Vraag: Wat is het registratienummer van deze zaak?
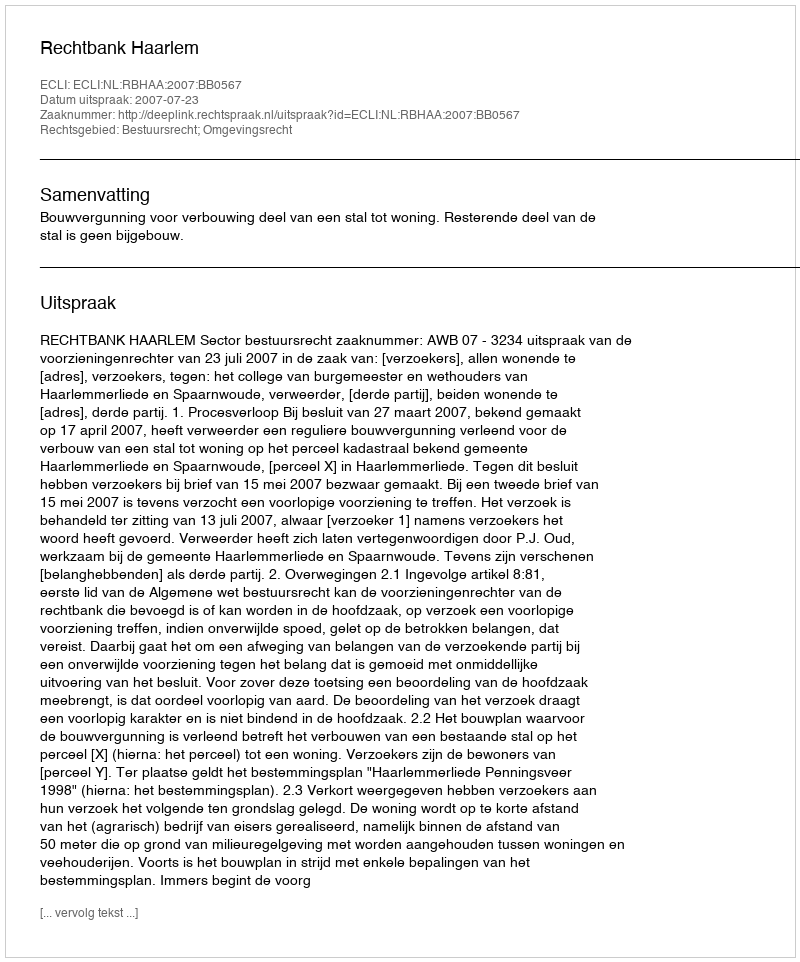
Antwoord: http://deeplink.rechtspraak.nl/uitspraak?id=ECLI:NL:RBHAA:2007:BB0567